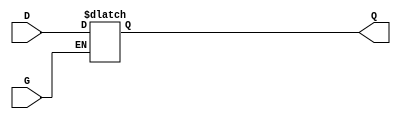
module gated_transparent_latch (
    input wire D,   // Data Input
    input wire G,   // Gate/Control Input
    output reg Q    // Output
);

// Always block to model the behavior of the gated latch
always @(*) begin
    if (G) begin
        Q = D;  // When G is high, Q follows D
    end
    // When G is low, Q retains its previous value (latched state)
end

endmodule